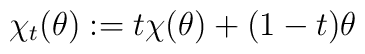
\chi_t(\theta ):= t\chi (\theta ) + (1-t) \theta